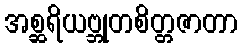
အစ္ဆရိယဗ္ဘုတစိတ္တဇာတာ